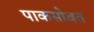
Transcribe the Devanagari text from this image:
पाकसोबत